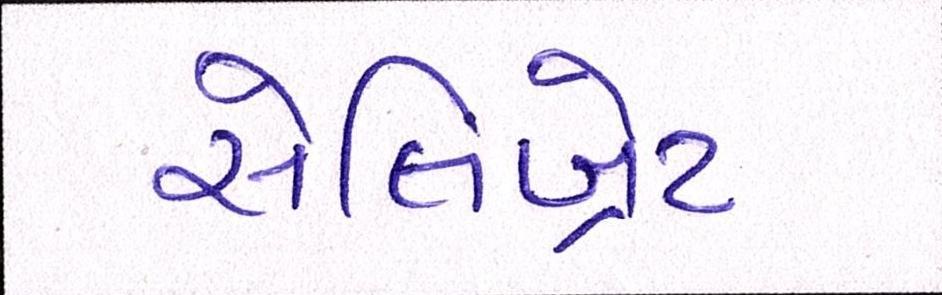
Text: સેલિબ્રેટ